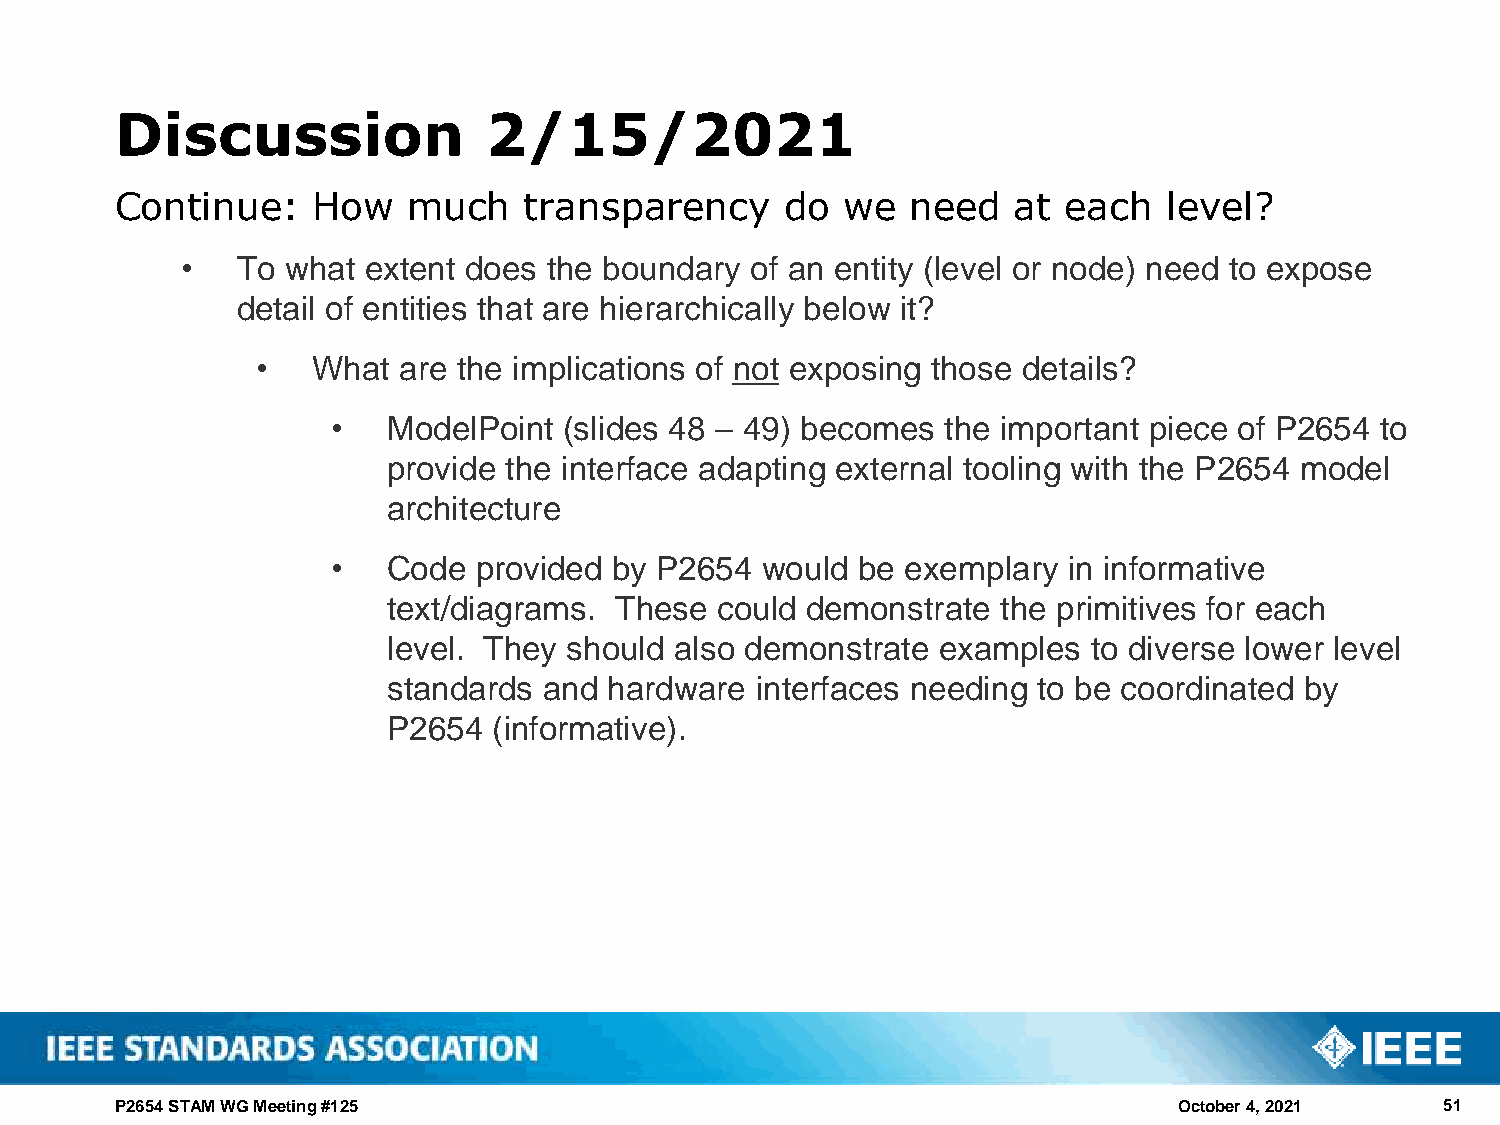
Discussion              2/15/2021
 Continue:    How   much    transparency     do  we  need   at  each  level?
 •   To what extent does the boundary  of an entity (level or node) need to expose
 detail of entities that are hierarchically below it?
 •   What are the implications of not exposing those details?
 •   ModelPoint (slides 48 – 49) becomes  the important piece of P2654 to
 provide the interface adapting external tooling with the P2654 model
 architecture
 •   Code  provided by P2654 would  be exemplary  in informative
 text/diagrams. These could demonstrate  the primitives for each
 level. They should also demonstrate examples  to diverse lower level
 standards and hardware  interfaces needing to be coordinated by
 P2654  (informative).
 P2654 STAM WG Meeting #125                                            October 4, 2021   51